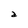
Character: a